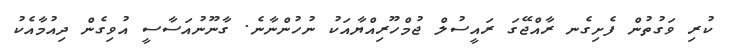
ކުރި ވަގުތުން ފެށިގެނ ރާއްޖޭގަ ރައީސުލް ޖުމްހޫރިއްޔާއަކު ނުހުންނާނެ. ގާނޫނުއަސާސީ އުވިގެން ދިއުމާއެކު